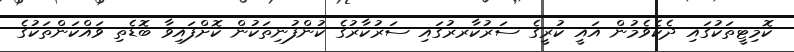
ކޮމިޓީތަކުގައި ދެކެވެމުން އައީ ކުރީގެ ސަރުކާރރުގައި ސަރުކާރުގެ ކުންފުނިތަކުން ކޮށްފައިވާ ބޮޑެތި ވައްކަންތަކުގެ